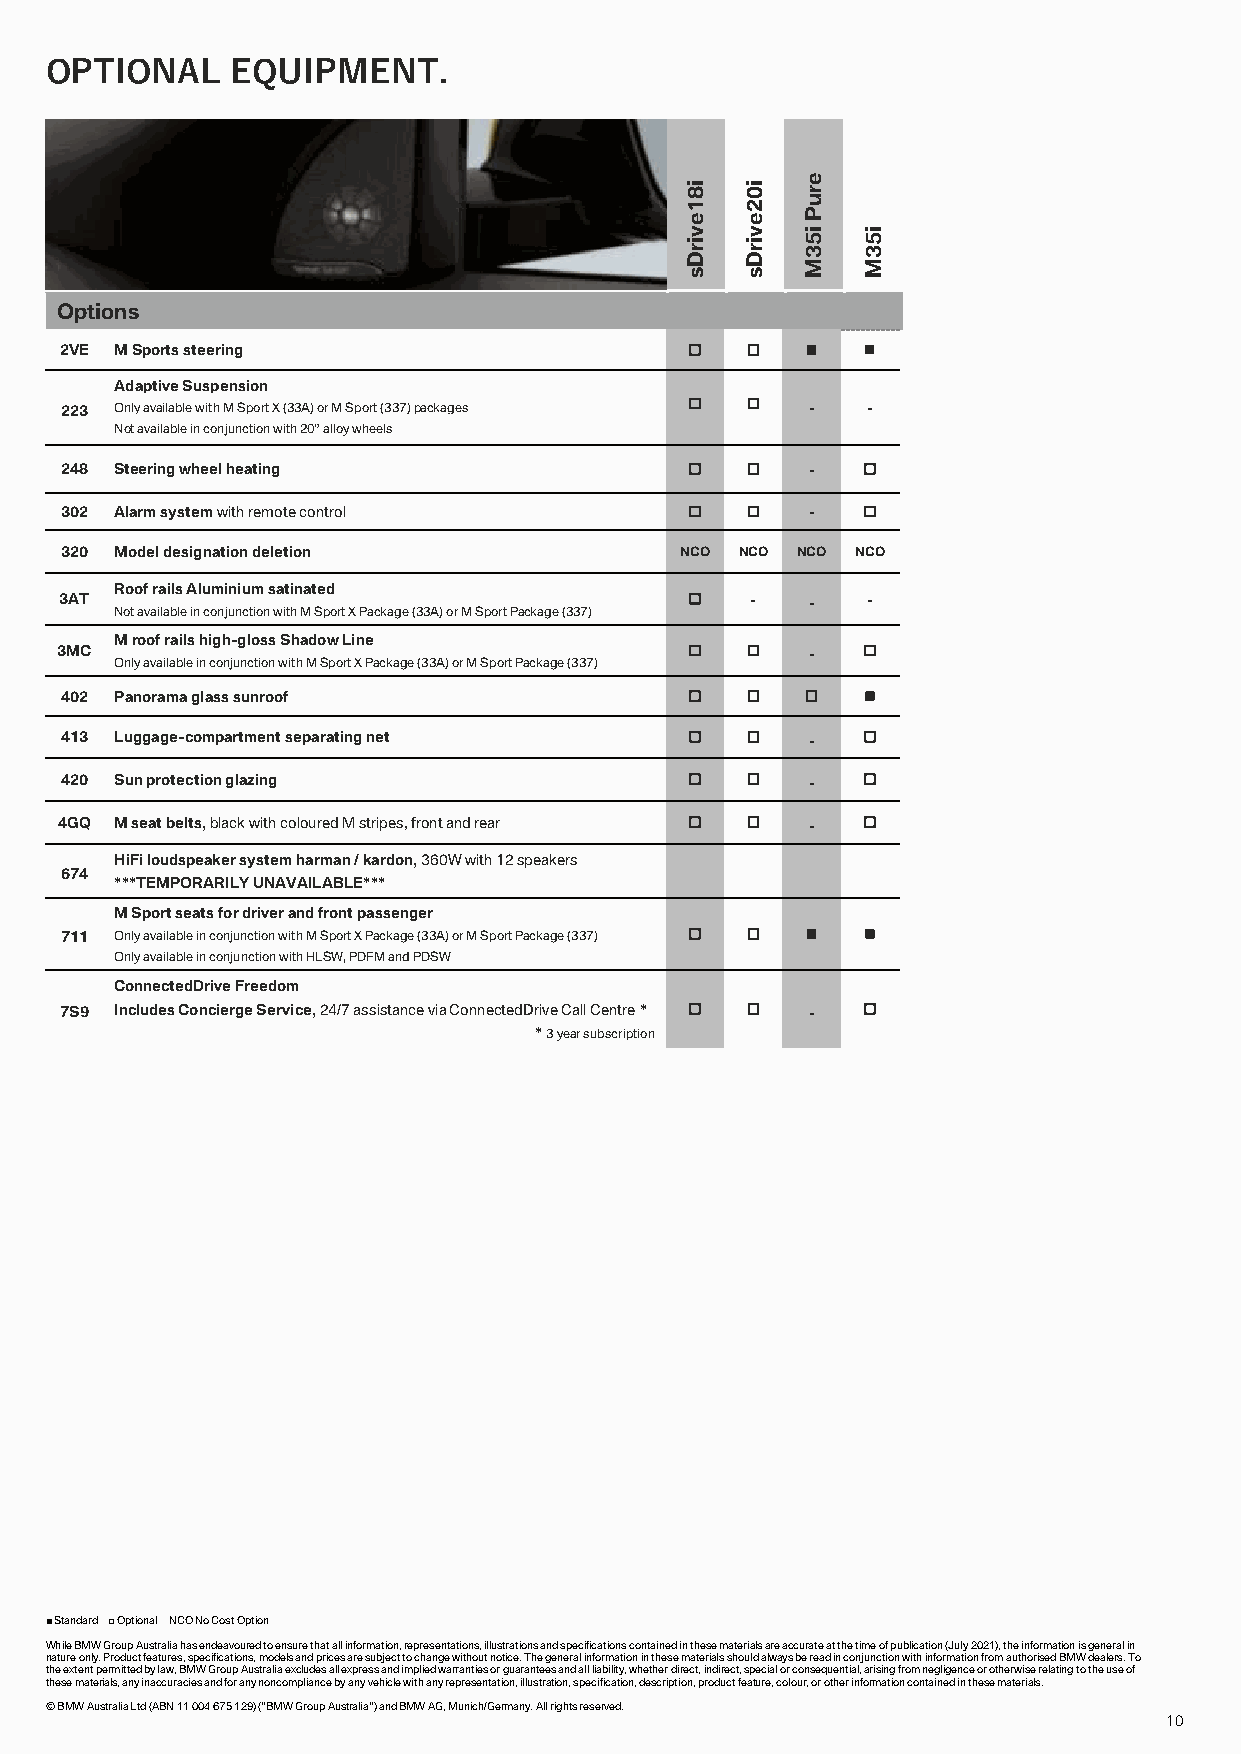
OPTIONAL    EQUIPMENT.
 i8  i0
 e
 r
 1   2   u
 e   e   P
 v
 ir
 D
 v
 ir
 D
 i5
 3
 i5
 3
 M   M
 s   s
 Options
 2VE M Sports steering                          ◼   ◼
 Adaptive Suspension
 223 Only available with M Sport X (33A) or M Sport (337) packages   - -
 Not available in conjunction with 20” alloy wheels
 248 Steering wheel heating                      -  
 302 Alarm system with remote control            -  
 320 Model designation deletion           NCO NCO NCO NCO
 Roof rails Aluminium satinated
 3AT                                          -   -  -
 Not available in conjunction with M Sport X Package (33A) or M Sport Package (337)
 M roof rails high-gloss Shadow Line
 3MC                                             -  
 Only available in conjunction with M Sport X Package (33A) or M Sport Package (337)
 402 Panorama glass sunroof                        ◼
 413 Luggage-compartment separating net          -  
 420 Sun protection glazing                      -  
 4GQ M seat belts, black with coloured M stripes, front and rear   - 
 HiFi loudspeaker system harman / kardon, 360W with 12 speakers
 674
 ***TEMPORARILY UNAVAILABLE***
 M Sport seats for driver and front passenger
 711 Only available in conjunction with M Sport X Package (33A) or M Sport Package (337)   ◼ ◼
 Only available in conjunction with HLSW, PDFM and PDSW
 ConnectedDrive Freedom
 7S9 Includes Concierge Service, 24/7 assistance via ConnectedDrive Call Centre *   - 
 * 3 year subscription
 ■ Standard □ Optional NCO No Cost Option
 While BMW Group Australia has endeavoured to ensure that all information, representations, illustrations and specifications contained in these materials are accurate at the time of publication (July 2021), the information is general in
 nature only. Product features, specifications, models and prices are subject to change without notice. The general information in these materials should always be read in conjunction with information from authorised BMW dealers. To
 the extent permitted by law, BMW Group Australia excludes all express and implied warranties or guarantees and all liability, whether direct, indirect, special or consequential, arising from negligence or otherwise relating to the use of
 these materials, any inaccuracies and for any noncompliance by any vehicle with any representation, illustration, specification, description, product feature, colour, or other information contained in these materials.
 © BMW Australia Ltd (ABN 11 004 675 129) (“BMW Group Australia”) and BMW AG, Munich/Germany. All rights reserved.
 10